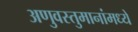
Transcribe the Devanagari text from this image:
अणुवस्तुमानांमध्ये